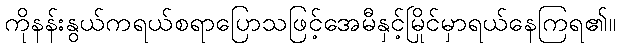
ကိုနန်းနွယ်ကရယ်စရာပြောသဖြင့်အေမီနှင့်မြိုင်မှာရယ်နေကြရ၏။